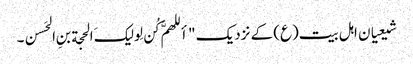
شیعیان اہل بیت(ع) کے نزدیک "أللهمَّ کُن لِولیکَ الحجة بنِ الحَسن۔